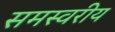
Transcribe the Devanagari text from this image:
समस्वरीय